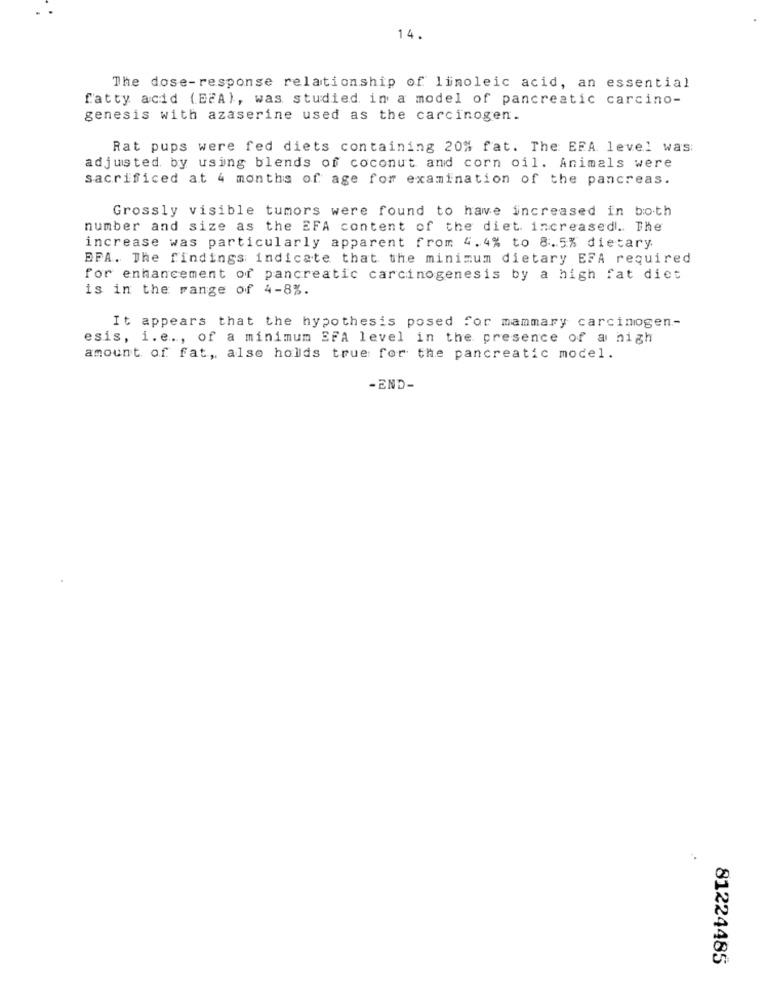
14.
The dose-response relationship of linoleic acid, an essential
fatty acid (EPA), was studied in a model of pancreatic carcino-
genesis with azaserine used as the carcinogen.
Rat pups were fed diets containing 20% fat. The EFA level was:
adjusted by using blends of coconut and corn oil. Animals were
sacrificed at 4 months of age for examination of the pancreas.
Grossly visible tumors were found to have increased in both
number and size as the EFA content of the diet increased. The
increase was particularly apparent from 4.4% to 8.5% dietary
EFA. The findings indicate that the minimum dietary EFA required
for enhancement of pancreatic carcinogenesis by a high fat diet
is in the range of 4-8%.
It appears that the hypothesis posed for mammary carcinogen-
esis, i.e ., of a minimum EFA level in the presence of a high
amount of fat, also holds true for the pancreatic model.
-END-
81224485